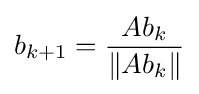
b_{k+1}={\frac {Ab_{k}}{\|Ab_{k}\|}}